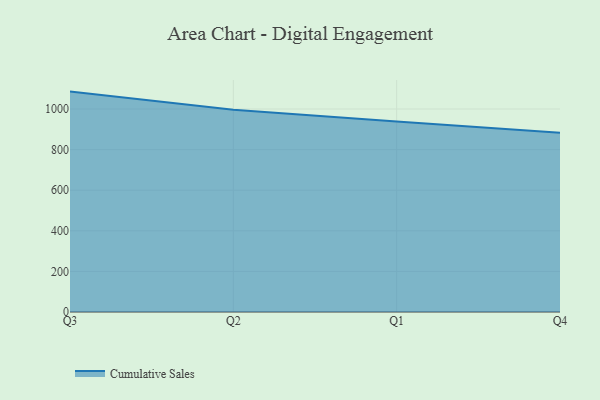
{"axis": {"x": "Quarter", "y": "Bounce Rate (%)"}, "legend": ["Cumulative Sales"], "data": [{"x": "Q3", "y": 1085.9, "type": "Cumulative Sales"}, {"x": "Q2", "y": 996.9, "type": "Cumulative Sales"}, {"x": "Q1", "y": 938.1, "type": "Cumulative Sales"}, {"x": "Q4", "y": 883.5, "type": "Cumulative Sales"}]}